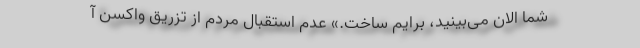
شما الان می‌بینید، برایم ساخت.» عدم استقبال مردم از تزریق واکسن آ